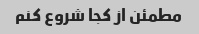
مطمئن از کجا شروع کنم